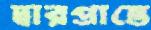
দ্বারপ্রান্তে